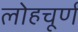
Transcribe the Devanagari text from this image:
लोहचूर्ण